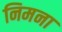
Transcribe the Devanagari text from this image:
निमना